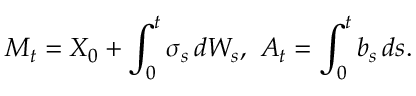
M _ { t } = X _ { 0 } + \int _ { 0 } ^ { t } \sigma _ { s } \, d W _ { s } , \ A _ { t } = \int _ { 0 } ^ { t } b _ { s } \, d s .